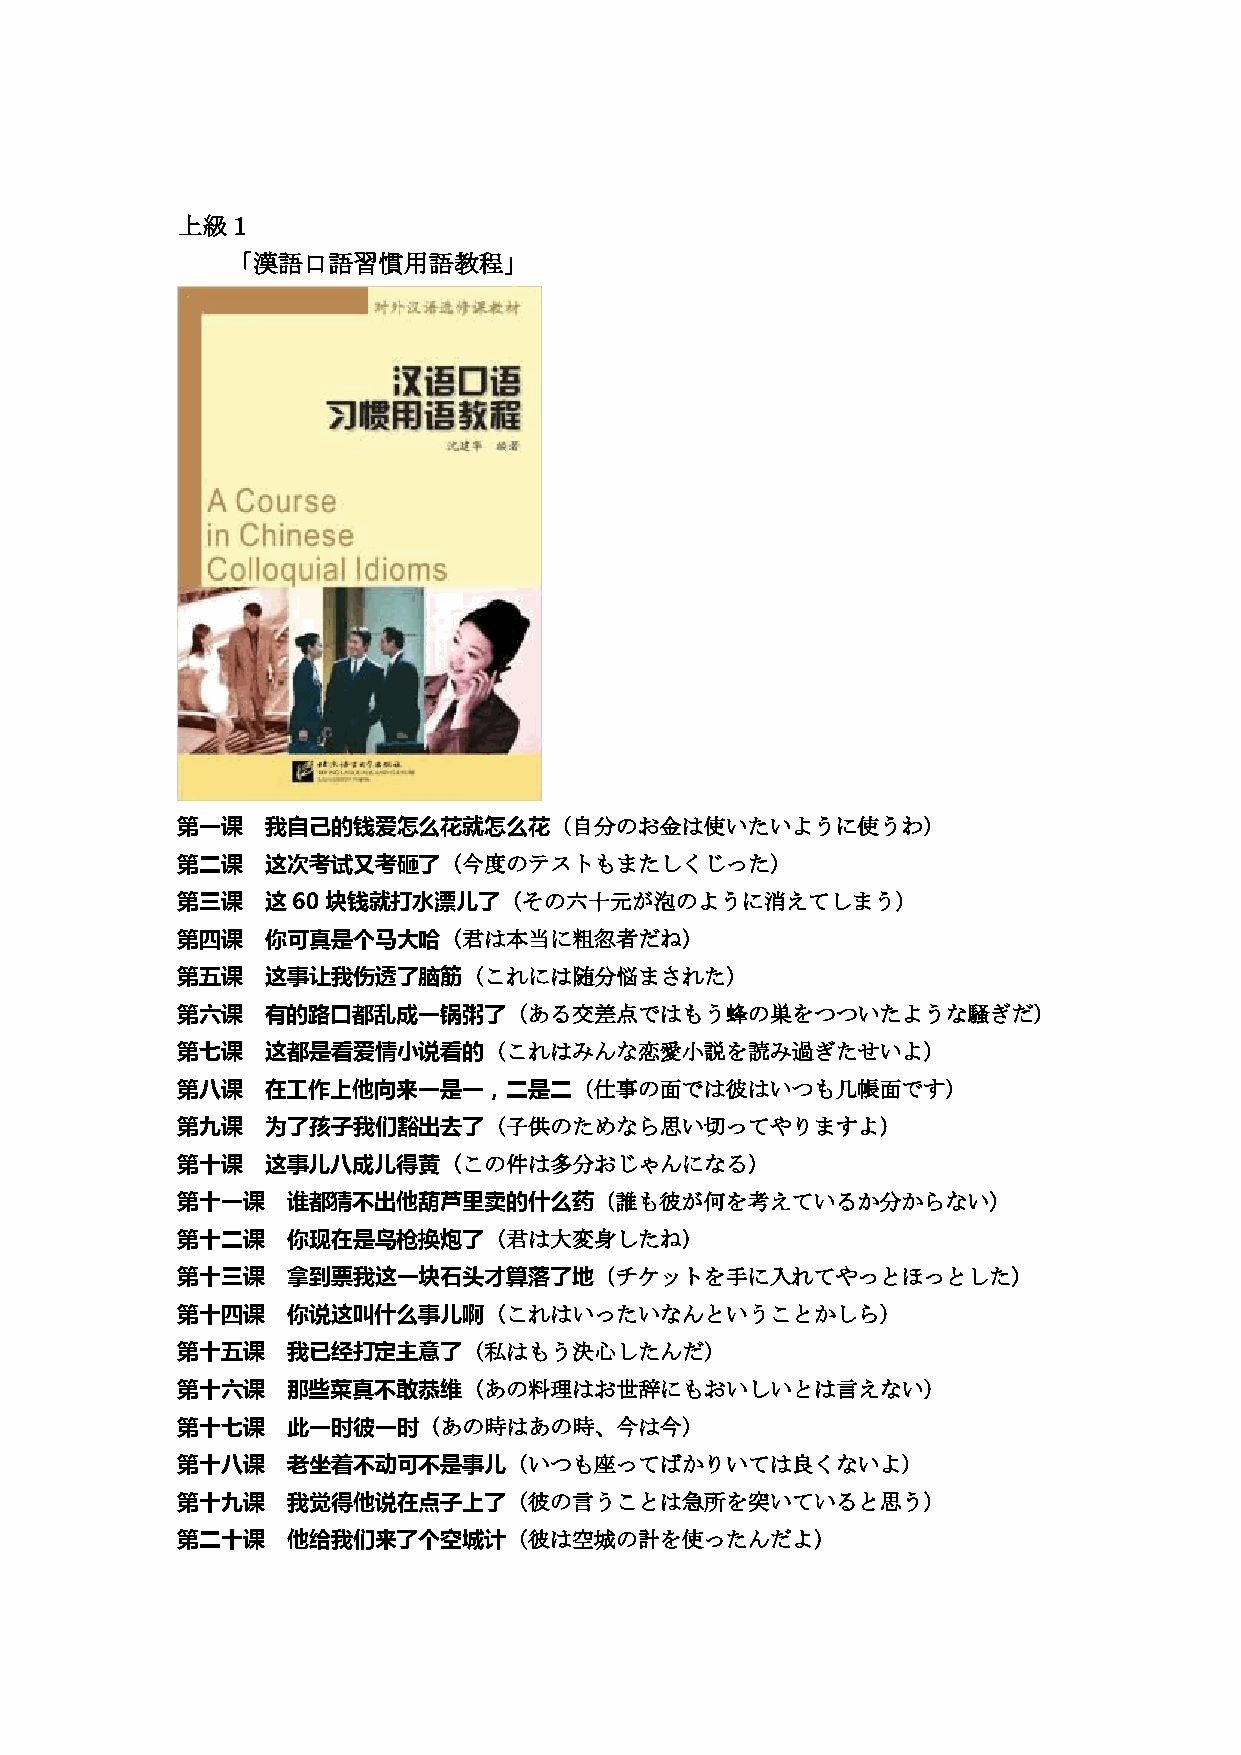
上級１
 「漢語口語習慣用語教程」
 第一课   我自己的钱爱怎么花就怎么花（自分のお金は使いたいように使うわ）
 第二课   这次考试又考砸了（今度のテストもまたしくじった）
 第三课   这60块钱就打水漂儿了（その六十元が泡のように消えてしまう）
 第四课   你可真是个马大哈（君は本当に粗忽者だね）
 第五课   这事让我伤透了脑筋（これには随分悩まされた）
 第六课   有的路口都乱成一锅粥了（ある交差点ではもう蜂の巣をつついたような騒ぎだ）
 第七课   这都是看爱情小说看的（これはみんな恋愛小説を読み過ぎたせいよ）
 第八课   在工作上他向来一是一，二是二（仕事の面では彼はいつも几帳面です）
 第九课   为了孩子我们豁出去了（子供のためなら思い切ってやりますよ）
 第十课   这事儿八成儿得黄（この件は多分おじゃんになる）
 第十一课   谁都猜不出他葫芦里卖的什么药（誰も彼が何を考えているか分からない）
 第十二课   你现在是鸟枪换炮了（君は大変身したね）
 第十三课   拿到票我这一块石头才算落了地（チケットを手に入れてやっとほっとした）
 第十四课   你说这叫什么事儿啊（これはいったいなんということかしら）
 第十五课   我已经打定主意了（私はもう決心したんだ）
 第十六课   那些菜真不敢恭维（あの料理はお世辞にもおいしいとは言えない）
 第十七课   此一时彼一时（あの時はあの時、今は今）
 第十八课   老坐着不动可不是事儿（いつも座ってばかりいては良くないよ）
 第十九课   我觉得他说在点子上了（彼の言うことは急所を突いていると思う）
 第二十课   他给我们来了个空城计（彼は空城の計を使ったんだよ）